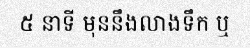
៥ នាទី មុននឹងលាងទឹក ឬ